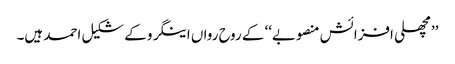
’’مچھلی افزائش منصوبے‘‘ کے روح رواں اینگرو کے شکیل احمد ہیں۔